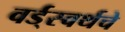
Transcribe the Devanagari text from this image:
वर्ड्‌स्वर्थचे